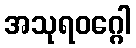
အသုရဝဂ္ဂေါ